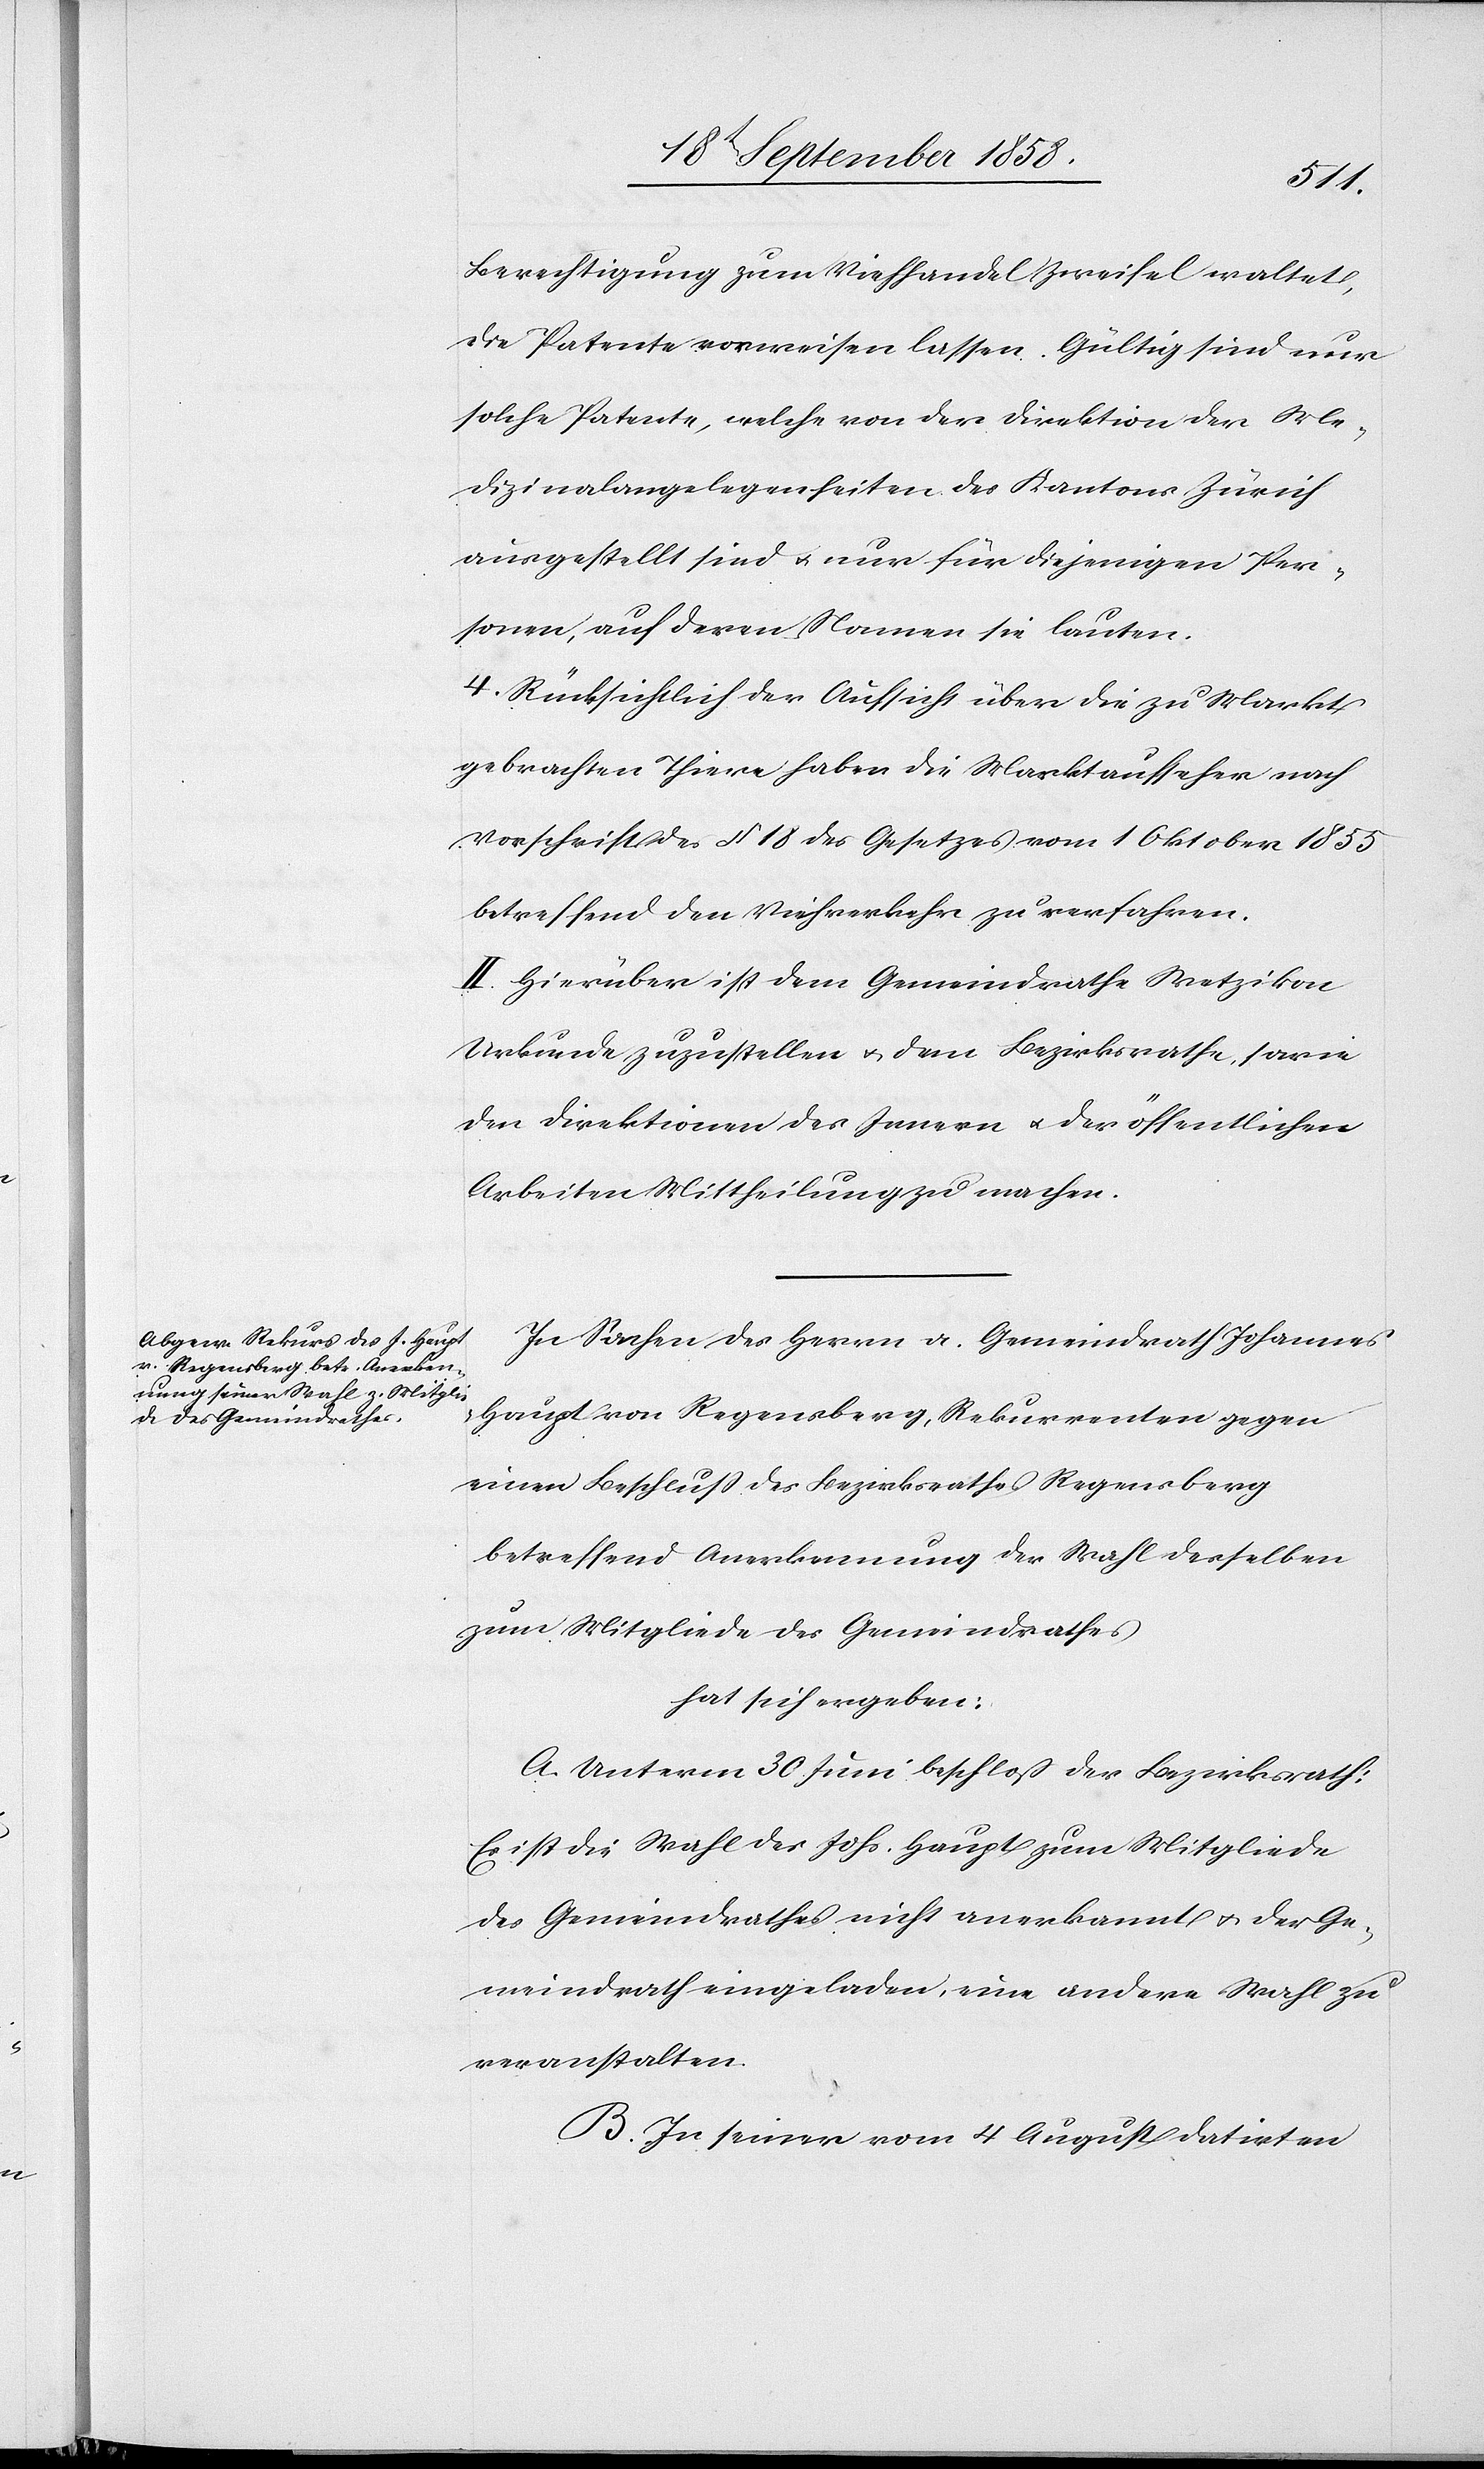
Berechtigung zum Viehhandel Zweifel waltet,
die Patente vorweisen lassen. Gültig sind nur
solche Patente, welche von der Direktion der Me¬
dizinalangelegenheiten des Kantons Zürich
ausgestellt sind & nur für diejenigen Per¬
sonen, auf deren Namen sie lauten.
4. Rücksichtlich der Aufsicht über die zu Markt
gebrachten Thiere haben die Marktaufseher nach
Vorschrift des § 18 des Gesetzes vom 1 Oktober 1855
betreffend den Viehverkehr zu verfahren.
II. Hierüber ist dem Gemeindrathe Wetzikon
Urkunde zuzustellen & dem Bezirksrathe, sowie
den Direktionen des Innern & der öffentlichen
Arbeiten Mittheilung zu machen.
In Sachen des Herrn a. Gemeindrath Johannes
Haupt von Regensberg, Rekurrenten gegen
einen Beschluss des Bezirksrathes Regensberg
betreffend Anerkennung der Wahl desselben
zum Mitgliede des Gemeindrathes
hat sich ergeben:
A. Unterm 30 Juni beschloß der Bezirksrath:
Es ist die Wahl des Johs. Haupt zum Mitgliede
des Gemeindrathes nicht anerkannt & der Ge¬
meindrath eingeladen, eine andere Wahl zu
veranstalten.
B. In seiner vom 4 August datirten